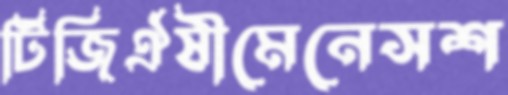
টিজিঐষীমেনেসশ